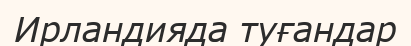
Ирландияда туғандар